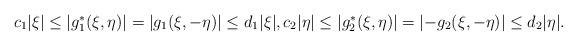
LaTeX: \begin{align*}\left.\begin{array}{ll}c_1|\xi|\leq\left|g^*_1(\xi,\eta)\right|=\left|g_1(\xi,-\eta)\right|\leq d_1|\xi|, c_2|\eta|\leq\left|g^*_2(\xi,\eta)\right|=\left|-g_2(\xi,-\eta)\right|\leq d_2|\eta|.\end{array}\right.\end{align*}